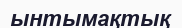
ынтымақтық